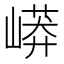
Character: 㟿